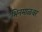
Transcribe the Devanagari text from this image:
भिनमाळवर